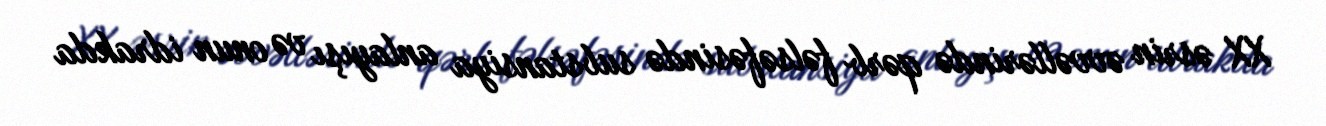
XX əsrin əvvəllərində qərb fəlsəfəsində substansiya anlayışı və onun idrakda